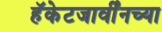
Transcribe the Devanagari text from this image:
हॅकेटजार्वींनच्या